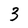
Character: 3